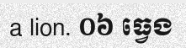
a lion. ០៦ ធ្វេង